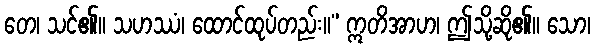
တေ၊ သင်၏။ သဟဿံ၊ ထောင်ထုပ်တည်း။” ဣတိအာဟ၊ ဤသို့ဆို၏။ သော၊